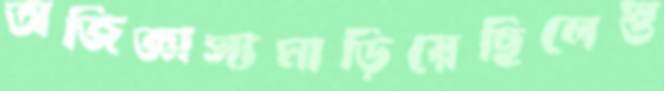
অজিজ্ঞাস্যমাড়িয়েছিলেস্ত